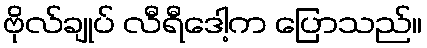
ဗိုလ်ချုပ် လီရီဒေါ့က ပြောသည်။